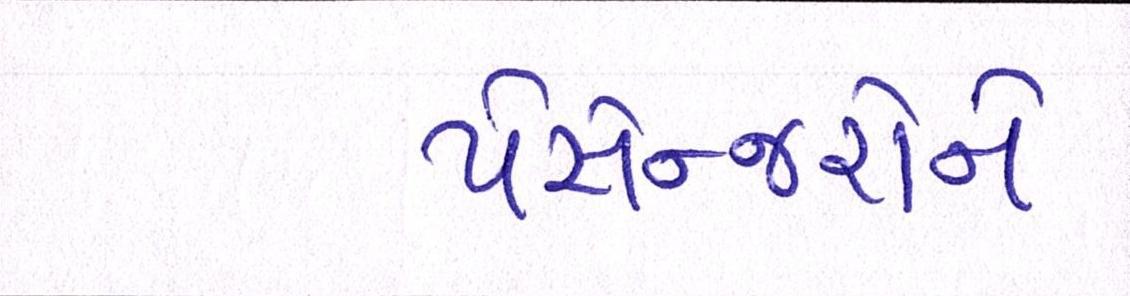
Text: પેસેન્જરોને